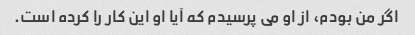
اگر من بودم، از او می پرسیدم که آیا او این کار را کرده است.